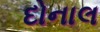
દોનાલ